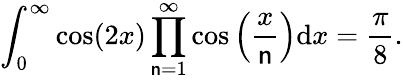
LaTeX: \int_{0}^{\infty}\cos(2x)\prod_{\mathsf{n}=1}^{\infty}\cos\left({\frac{{x}}{{\mathsf{n}}}}\right)\mathrm{{d}}x={\frac{{\pi}}{{8}}}.